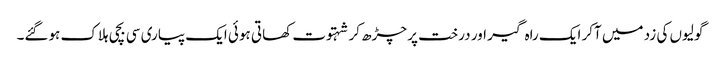
گولیوں کی زد میں آکر ایک راہ گیر اور درخت پر چڑھ کر شہتوت کھاتی ہوئی ایک پیاری سی بچی ہلاک ہوگئے۔